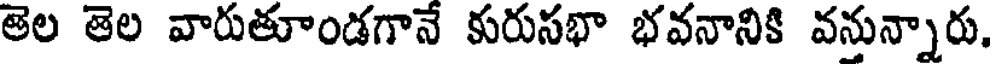
తెల తెల వారుతూండగానే కురుసభా భవనానికి వనున్నారు.